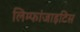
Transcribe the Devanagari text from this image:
लिम्फांजाइटिस